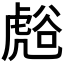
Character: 𮓧